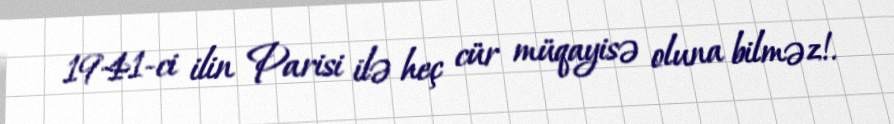
1941-ci ilin Parisi ilə heç cür müqayisə oluna bilməz!.